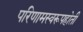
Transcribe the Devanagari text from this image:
परिणामस्वरूपहोती